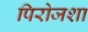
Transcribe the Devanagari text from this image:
पिरोजशा